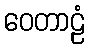
ဝေတာဠံ